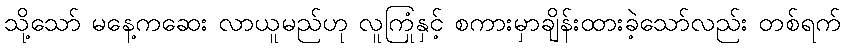
သို့သော် မနေ့ကဆေး လာယူမည်ဟု လူကြုံနှင့် စကားမှာချိန်းထားခဲ့သော်လည်း တစ်ရက်